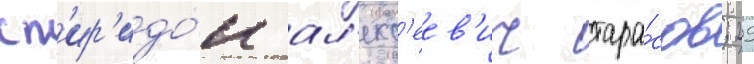
сп'ир'идо́н ал'екс'еев'ич тара́сов; 29